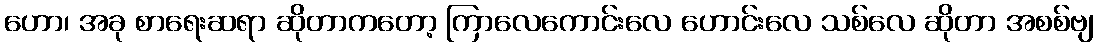
ဟော၊ အခု စာရေးဆရာ ဆိုတာကတော့ ကြာလေကောင်းလေ ဟောင်းလေ သစ်လေ ဆိုတာ အစစ်ဗျ